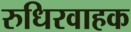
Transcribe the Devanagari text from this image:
रुधिरवाहक